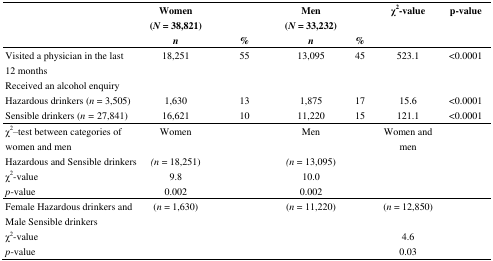
<table><thead><tr><td></td><td><b>Women (<i>N</i> = 38,821) <i>n</i></b></td><td><b>%</b></td><td><b>Men (<i>N</i> = 33,232) <i>n</i></b></td><td><b>%</b></td><td><b>χ<sup>2</sup>-value</b></td><td><b>p-value</b></td></tr></thead><tbody><tr><td>Visited a physician in the last 12 months</td><td>18,251</td><td>55</td><td>13,095</td><td>45</td><td>523.1</td><td>&lt;0.0001</td></tr><tr><td>Received an alcohol enquiry</td><td></td><td></td><td></td><td></td><td></td><td></td></tr><tr><td>Hazardous drinkers (<i>n</i> = 3,505)</td><td>1,630</td><td>13</td><td>1,875</td><td>17</td><td>15.6</td><td>&lt;0.0001</td></tr><tr><td>Sensible drinkers (<i>n</i> = 27,841)</td><td>16,621</td><td>10</td><td>11,220</td><td>15</td><td>121.1</td><td>&lt;0.0001</td></tr><tr><td>χ<sup>2</sup>–test between categories of women and men</td><td>Women</td><td></td><td>Men</td><td></td><td>Women and men</td><td></td></tr><tr><td>Hazardous and Sensible drinkers</td><td><i>(n</i> = 18,251)</td><td></td><td><i>(n</i> = 13,095)</td><td></td><td></td><td></td></tr><tr><td>χ<sup>2</sup>-value</td><td>9.8</td><td></td><td>10.0</td><td></td><td></td><td></td></tr><tr><td><i>p</i>-value</td><td>0.002</td><td></td><td>0.002</td><td></td><td></td><td></td></tr><tr><td>Female Hazardous drinkers and Male Sensible drinkers</td><td>(<i>n</i> = 1,630)</td><td></td><td>(<i>n</i> = 11,220)</td><td></td><td>(<i>n</i> = 12,850)</td><td></td></tr><tr><td>χ<sup>2</sup>-value</td><td></td><td></td><td></td><td></td><td>4.6</td><td></td></tr><tr><td><i>p</i>-value</td><td></td><td></td><td></td><td></td><td>0.03</td><td></td></tr></tbody></table>